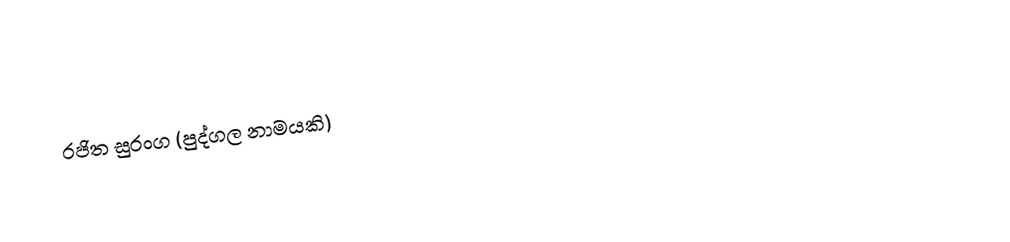
රජිත සුරංග (පුද්ගල නාමයකි)